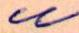
u